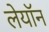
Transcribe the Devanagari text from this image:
लेयॉन